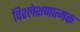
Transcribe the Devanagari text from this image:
विश्लेशणात्मक